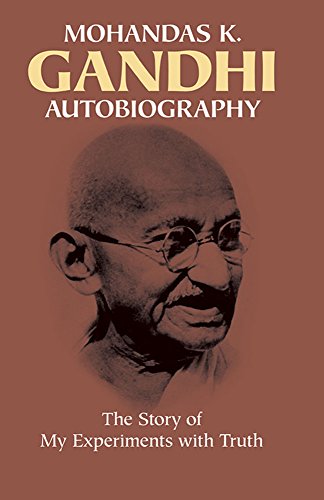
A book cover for Autobiography: The Story of My Experiments with Truth; Mohandas Karamchand Gandhi; Biographies & Memoirs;